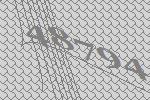
48794